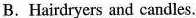
B.Hairdryers and candles.